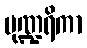
ပုဏ္ဍရိကာ